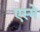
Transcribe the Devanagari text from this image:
एस्मे